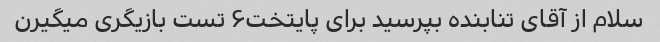
سلام از آقای تنابنده بپرسید برای پایتخت۶ تست بازیگری میگیرن